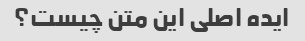
ایده اصلی این متن چیست؟